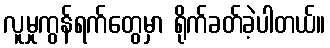
လူမှုကွန်ရက်တွေမှာ ရိုက်ခတ်ခဲ့ပါတယ်။